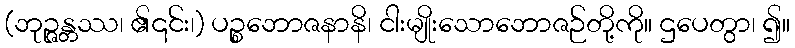
(ဘုဉ္ဇန္တဿ၊ ၏၎င်း၊) ပဉ္စဘောဇနာနိ၊ ငါးမျိုးသောဘောဇဉ်တို့ကို။ ဌပေတွာ၊ ၍။